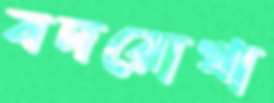
বদরোখা